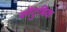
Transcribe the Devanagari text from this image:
कौंटुबिक